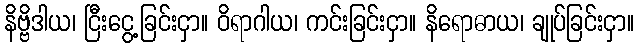
နိဗ္ဗိဒါယ၊ ငြီးငွေ့ခြင်းငှာ။ ဝိရာဂါယ၊ ကင်းခြင်းငှာ။ နိရောဓာယ၊ ချုပ်ခြင်းငှာ။